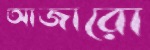
আজারো